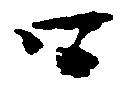
口